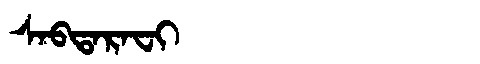
Manchu: ᠰᠠᠪᡨᠠᡵᠠᠸᡳ
Romanization: SABTARAFI